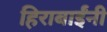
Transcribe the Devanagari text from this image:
हिराबाईंनी